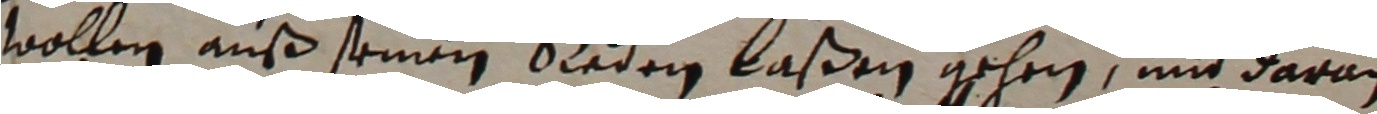
wollen auß seinen reden laßen gehen und daran